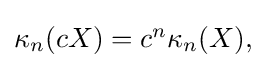
{\textstyle \kappa _{n}(cX)=c^{n}\kappa _{n}(X),}